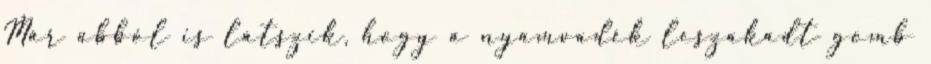
Már abból is látszik, hogy a nyamvadék leszakadt gomb